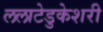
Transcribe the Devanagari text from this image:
ललाटेडुकेशरी